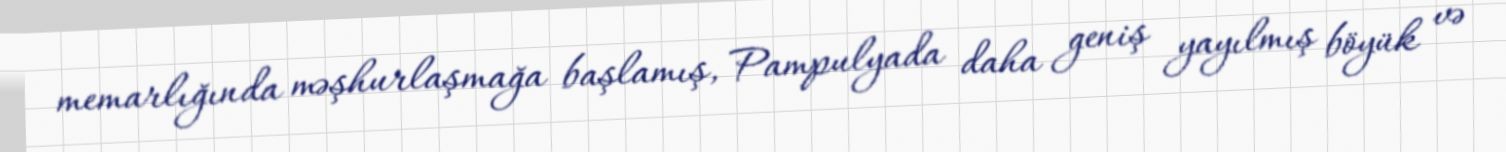
memarlığında məşhurlaşmağa başlamış, Pampulyada daha geniş yayılmış böyük və